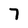
Character: 7